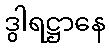
ဒွါရဋ္ဌာနေ